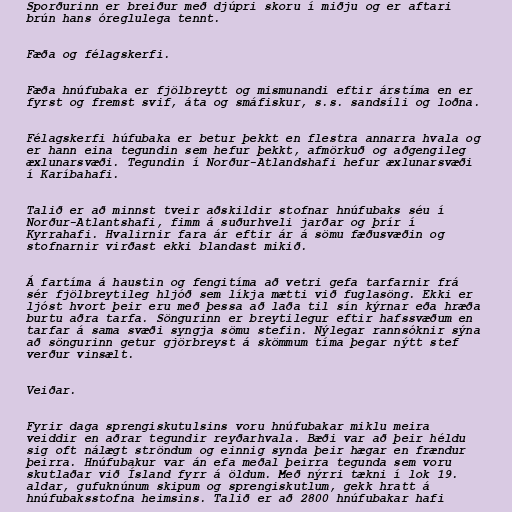
Sporðurinn er breiður með djúpri skoru í miðju og er aftari
brún hans óreglulega tennt.

Fæða og félagskerfi.

Fæða hnúfubaka er fjölbreytt og mismunandi eftir árstíma en er
fyrst og fremst svif, áta og smáfiskur, s.s. sandsíli og loðna.

Félagskerfi húfubaka er betur þekkt en flestra annarra hvala og
er hann eina tegundin sem hefur þekkt, afmörkuð og aðgengileg
æxlunarsvæði. Tegundin í Norður-Atlandshafi hefur æxlunarsvæði
í Karíbahafi.

Talið er að minnst tveir aðskildir stofnar hnúfubaks séu í
Norður-Atlantshafi, fimm á suðurhveli jarðar og þrír í
Kyrrahafi. Hvalirnir fara ár eftir ár á sömu fæðusvæðin og
stofnarnir virðast ekki blandast mikið.

Á fartíma á haustin og fengitíma að vetri gefa tarfarnir frá
sér fjölbreytileg hljóð sem líkja mætti við fuglasöng. Ekki er
ljóst hvort þeir eru með þessa að laða til sín kýrnar eða hræða
burtu aðra tarfa. Söngurinn er breytilegur eftir hafssvæðum en
tarfar á sama svæði syngja sömu stefin. Nýlegar rannsóknir sýna
að söngurinn getur gjörbreyst á skömmum tíma þegar nýtt stef
verður vinsælt.

Veiðar.

Fyrir daga sprengiskutulsins voru hnúfubakar miklu meira
veiddir en aðrar tegundir reyðarhvala. Bæði var að þeir héldu
sig oft nálægt ströndum og einnig synda þeir hægar en frændur
þeirra. Hnúfubakur var án efa meðal þeirra tegunda sem voru
skutlaðar við Ísland fyrr á öldum. Með nýrri tækni í lok 19.
aldar, gufuknúnum skipum og sprengiskutlum, gekk hratt á
hnúfubaksstofna heimsins. Talið er að 2800 hnúfubakar hafi